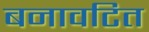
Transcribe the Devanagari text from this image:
बनावटित